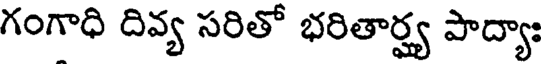
గంగాధి దివ్య సరితో భరితార్హ్య పాద్యాః